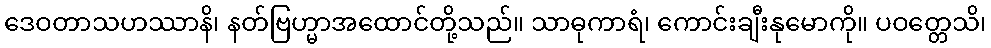
ဒေဝတာသဟဿာနိ၊ နတ်ဗြဟ္မာအထောင်တို့သည်။ သာဓုကာရံ၊ ကောင်းချီးနုမောကို။ ပဝတ္တေသိ၊